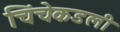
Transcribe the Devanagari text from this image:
चिंचेकडली